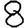
Digit: 8